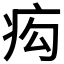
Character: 𤵆